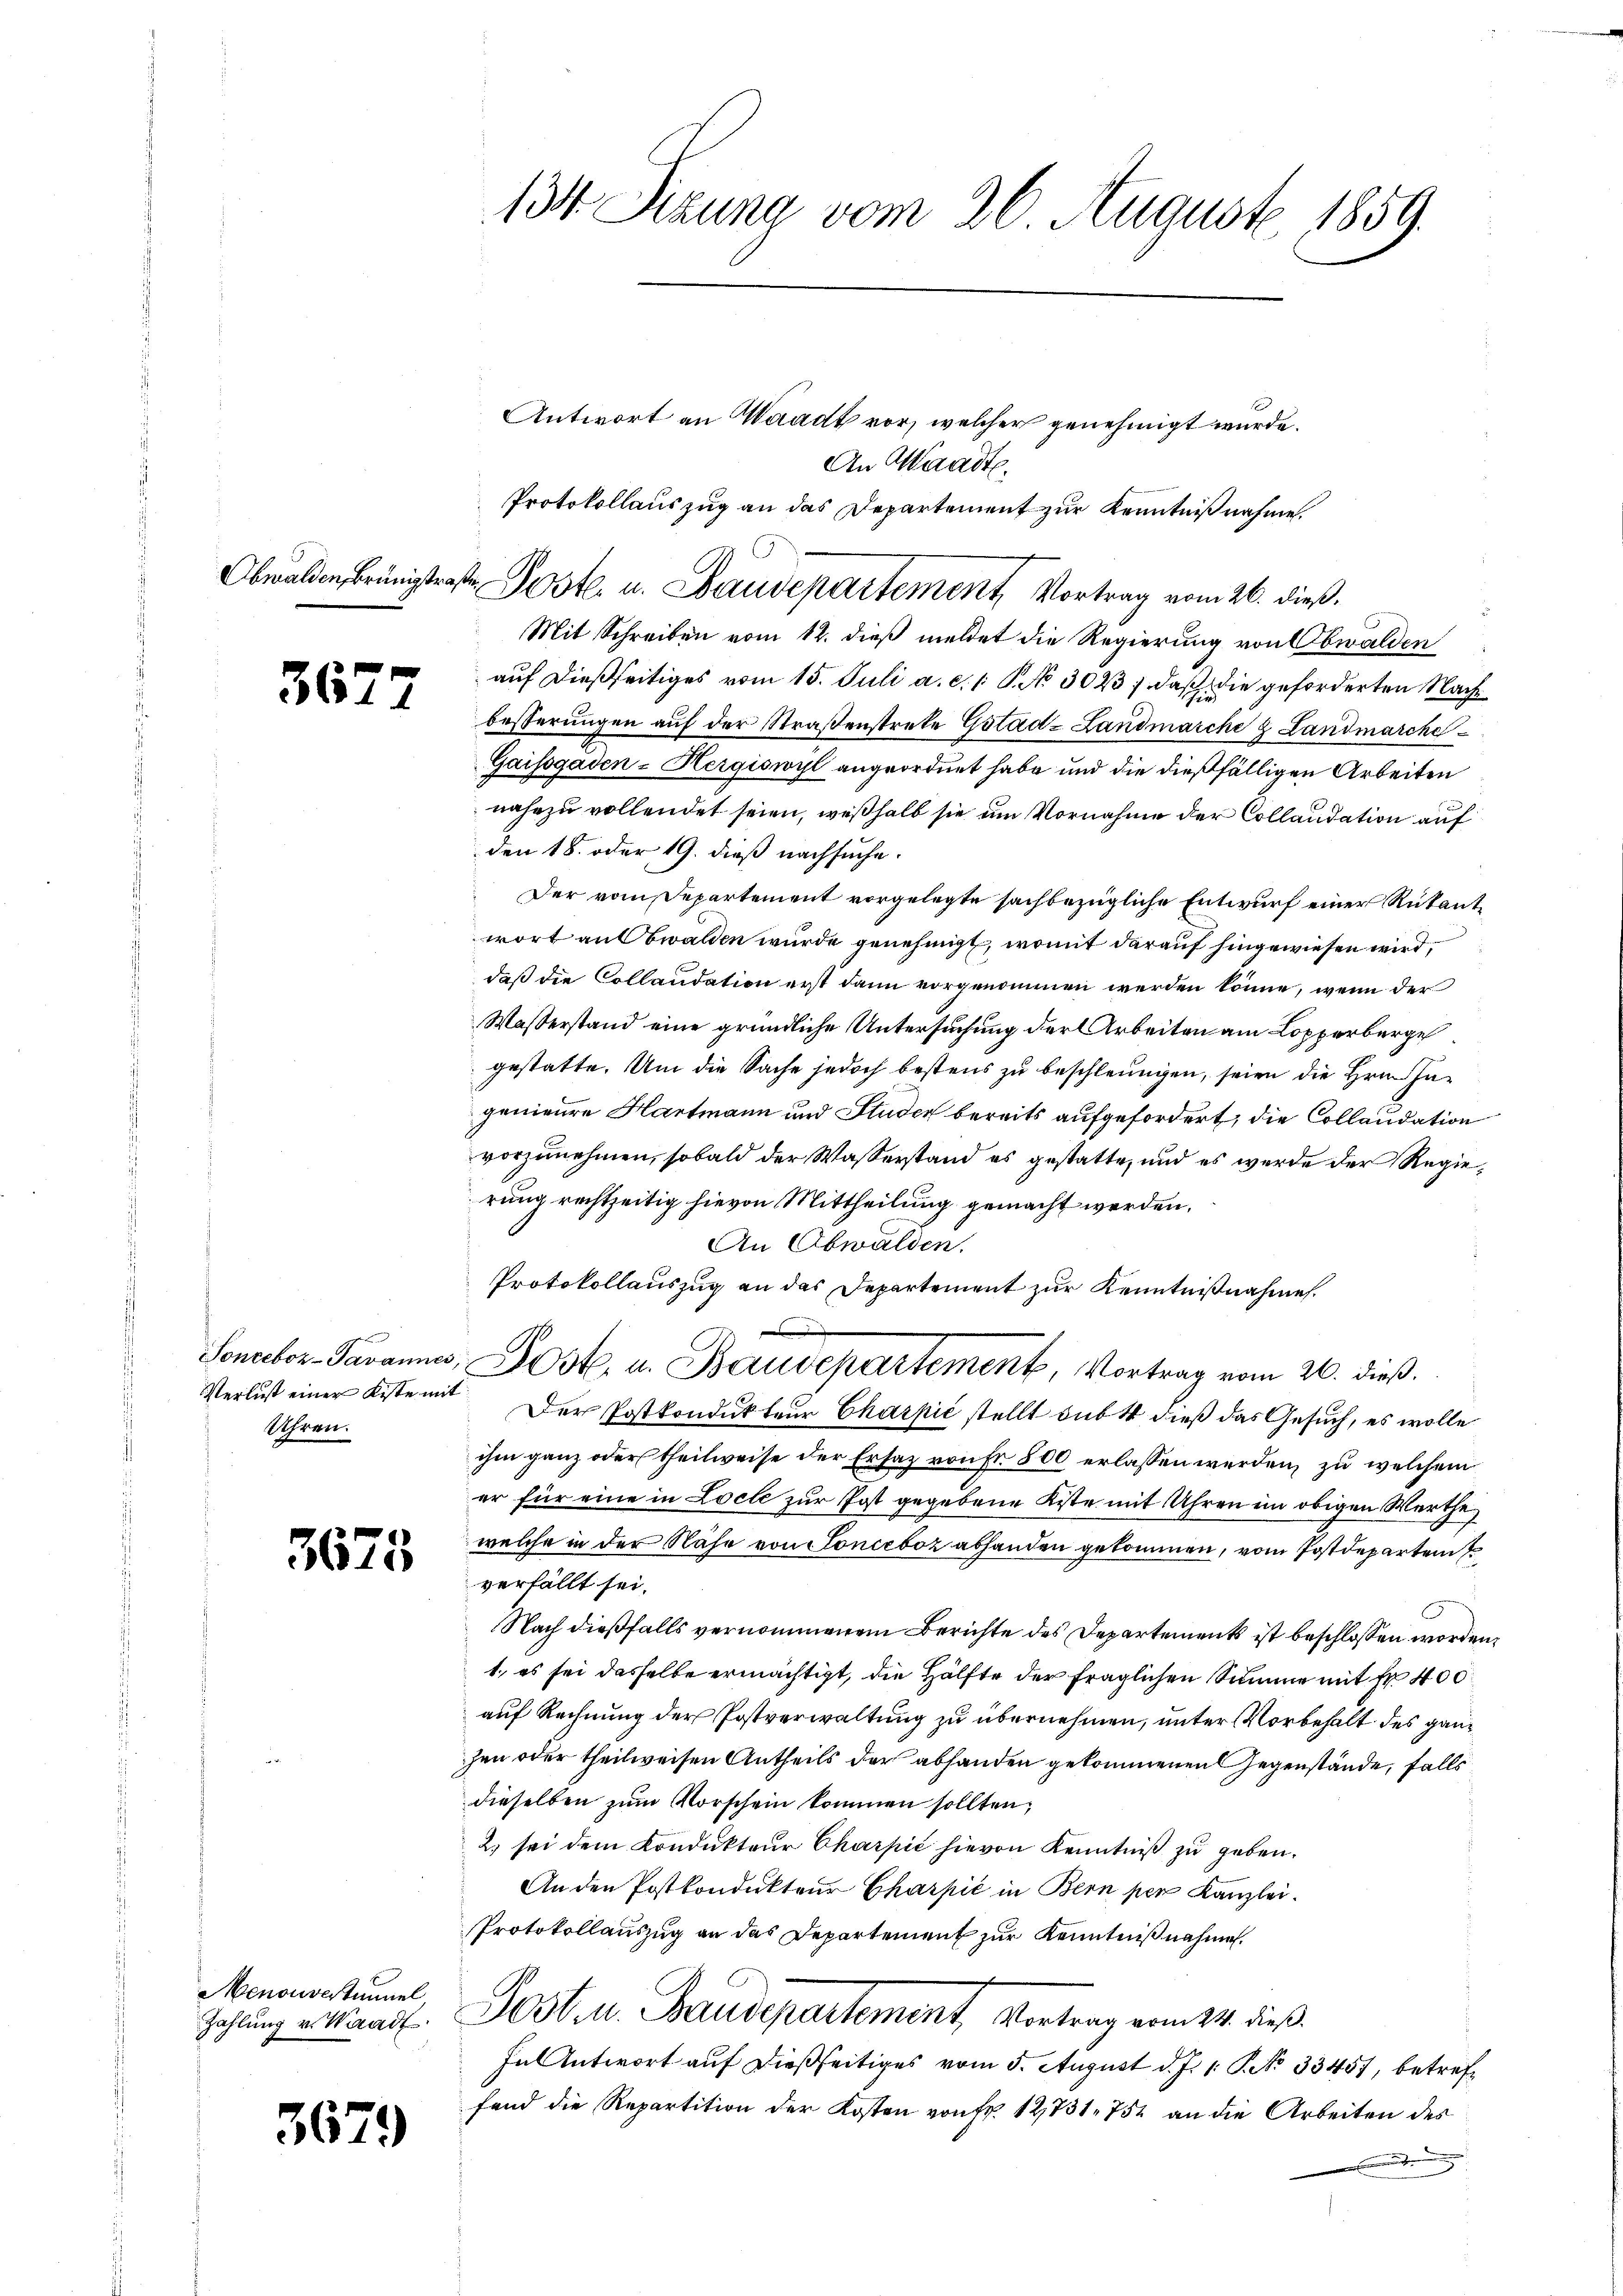
367

2

Verlust einer Kiste mit
Uhren.

3673

Menouvestimmel
Zahlung v. Waadt

3679

134 Sizung vom 26. August 1859.

Antwort an Waadt vor, welcher genehmigt wurde.
An Waadt.
Protokollauszug an das Departement zur Kenntnißnahme.
Mit Schreiben vom 12. dieß meldet die Regierung von Obwalden
auf dießseitiges vom 15. Juli a. c. 1 S. No 3023, daß die geforderten Nachbesserungen auf der Straßenstrete Gotad- Landmarche & Landmarche
Gaissgaden-Hergiswyl angeordnet habe und die dießfälligen Arbeiten
nahezu vollendet seien, weßhalb sie um Vornahme der Collaudation auf
den 18. oder 19. dieß nachsuche.
Der vom Departement vorgelegte sachbezügliche Entwurf einer Rükantwort anbwalden wurde genehmigt, womit darauf hingewiesen wird,
daß die Collaudation erst dann vorgenommen werden könne, wenn der
Wasserstand eine gründliche Untersuchung der Arbeiten am Lopperberge
gestatte. Um die Sache jedoch bestens zu beschleungen, seien die Hrn. Ingenieure Hartmann und Studer bereits aufgefordert, die Collaudation
vorzunehmen, sobald der Wasserstand es gestatte, und es werde der Regierung rechtzeitig hievon Mittheilung gemacht werden.
An Obwalden.
Protokollauszug an das Departement zur Kenntnißnahme.
Soneeber-Javannes, Poste. u. Baudepartement, Vortrag vom 26. dieß.
Der Postkondukteur Charpić stellt sub 4 dieß das Gesuch, es wolle
ihm ganz oder theilweise der Ersatz von Fr. 800 erlassen werden, zu welchem
er für eine in Locle zur Post gegebene Kiste mit Uhren im obigen Werthe
welche in der Nähe von Conceboz abhanden gekommen, vom Postdeparten
verfällt sei.
Nach dießfalls vernommenem Berichte des Departement ist beschlossen worden,
1. es sei dasselbe ermächtigt, die Hälfte der fraglichen Summe mit Fr. 400
auf Rechnung der Postverwaltung zu übernehmen, unter Vorbehalt des ganz
zen oder theilweisen Antheils der abhanden gekommenen Gegenstände, falls
dieselben zum Vorschein kommen sollten,
2) sei dem Kondukteur Charpić hievon Kenntniß zu geben.
An den Postkondukteur Charpić in Bern per Kanzlei.
Protokollauszug an das Departement zur Kenntnißnahme.
Post u. Baudepartement, Vortrag vom 14. dieß
In Antwort auf dießseitiges vom 5. August d. J. 1. P. No 33457, betreffand die Repartition der Kosten von Fr. 12731. 752 an die Arbeiten des
e

Obwalden Brüngstraße Poste. u. Baudepartement, Vortrag vom 26. dieß.